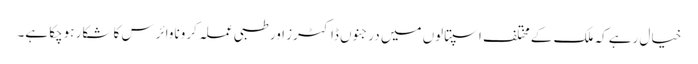
خیال رہے کہ ملک کے مختلف اسپتالوں میں درجنوں ڈاکٹرز اور طبی عملہ کروناوائرس کا شکار ہوچکا ہے۔